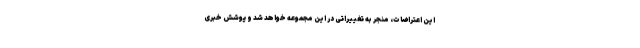
این اعتراضات، منجر به تغییراتی در این مجموعه خواهد شد و پوشش خبری